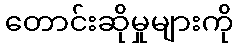
တောင်းဆိုမှုများကို